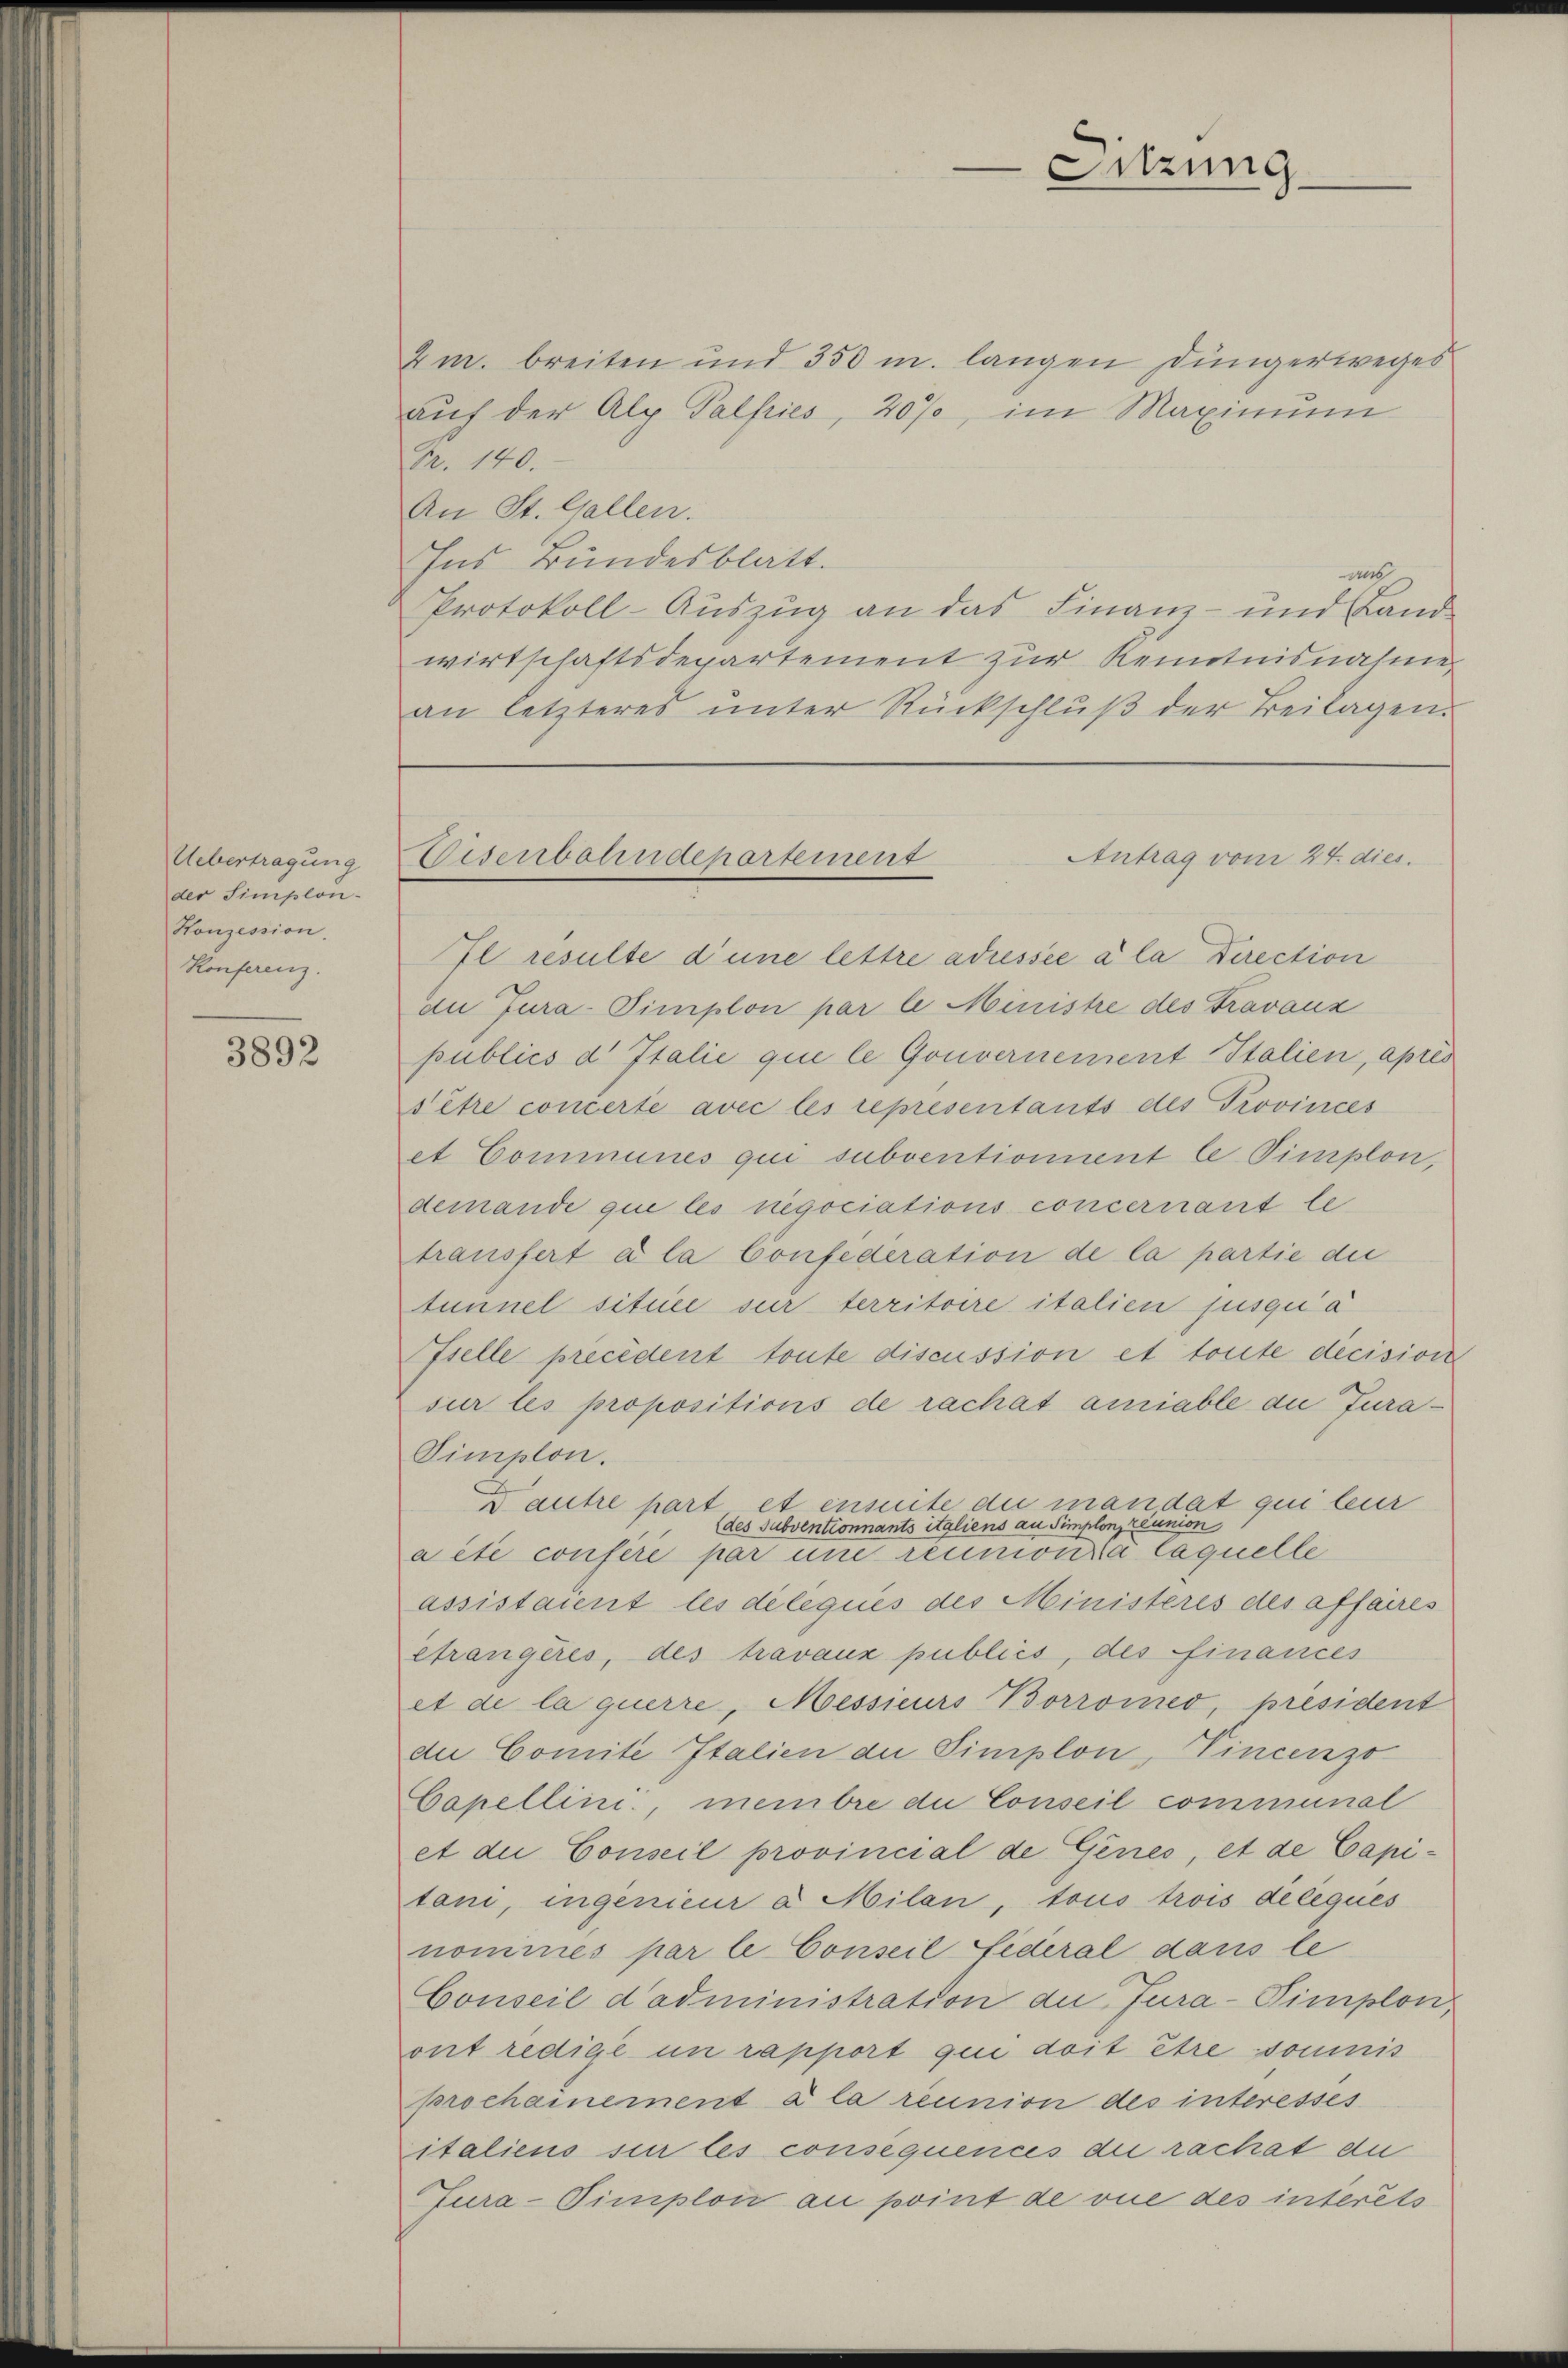
Uebertragung
der Simplon-
Honzession.
Konferenz.

3892

Antrag vom 24. dies
Eisenbahndepartement

Sitzung

4m. breiten und 350 m langen Düngerweges
aŭf der Alp Palfries, 20%, im Maximum
Fr. 140.
An St. Gallen.
Ins Bundesblatt.
aac
Protokoll-Auszug an das Finanz- und Land-
wirtschaftsdepartement zur Kenntnisnahme
an letzteres ŭnter Rückschlŭβ der Beilagen.
Il resulte d’une lettre adressée à la Direction
du Jura-Pimplon par le Ministre des Travaux
publics d Italie qui le Gouvernement Italien, apres
sitre concerte avec les représentants des Provinces
et Communes qui subventionnent le Timplon,
demande que les negociations concernant le
transfert a la Confederation de la partie die
tunnel située sur territoire italien jusqu’a
Ifselle précédent toute discussion et toute decision
sur les propositions de rachat amiable die Jura¬
Simplon.
Dautre part et ensuite die mandat qui leur
(des Subventionnants italiens an Simplon, Zeunion
a été consere par une reumonia laquelle
assistaient les déleques des Ministeres des affaires
etrangeres, des travaux publiés, des Finances
et de la querre, Messieurs Borromes, président
de Comite Italien der Simplon, Vincenzo
Capellini, membre du Conseil communal
et die Conseil provincial de Genes, et de Capitoni, ingenieur a Milan, tous trois deleques
nomines par le Conseil Lederal dans le
Conseil d’administration du Jura-Simplon
ont redige un rapport qui doit être soumis
prochainement à la réunion des interesses
italiens sie les consequences die rachat du
Jura-Timplon au point de vue des interets